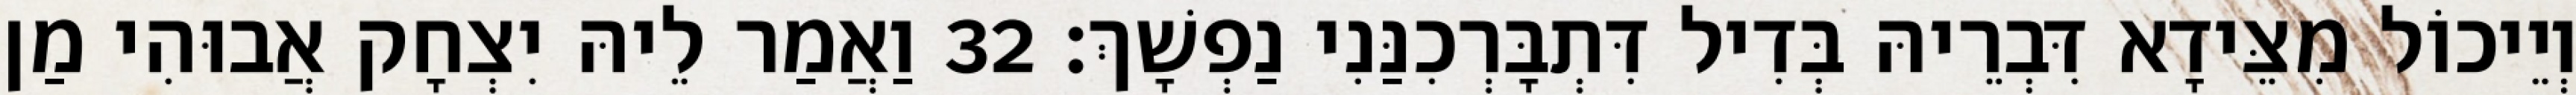
וְיֵיכוֹל מִצֵּידָא דִּבְרֵיהּ בְּדִיל דִּתְבָּרְכִנַּנִי נַפְשָׁךְ׃ 32 וַאֲמַר לֵיהּ יִצְחָק אֲבוּהִי מַן